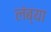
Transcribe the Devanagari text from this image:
लंब्या